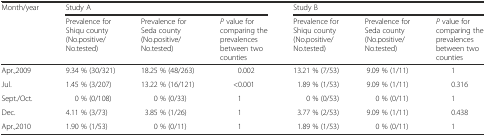
<table><thead><tr><td rowspan="2"><b>Month/year</b></td><td colspan="3"><b>Study A</b></td><td colspan="3"><b>Study B</b></td></tr><tr><td><b>Prevalence for Shiqu county (No.positive/No.tested)</b></td><td><b>Prevalence for Seda county (No.positive/No.tested)</b></td><td><b><i>P</i> value for comparing the prevalences between two counties</b></td><td><b>Prevalence for Shiqu county (No.positive/No.tested)</b></td><td><b>Prevalence for Seda county (No.positive/No.tested)</b></td><td><b><i>P</i> value for comparing the prevalences between two counties</b></td></tr></thead><tbody><tr><td>Apr.,2009</td><td>9.34 % (30/321)</td><td>18.25 % (48/263)</td><td>0.002</td><td>13.21 % (7/53)</td><td>9.09 % (1/11)</td><td>1</td></tr><tr><td>Jul.</td><td>1.45 % (3/207)</td><td>13.22 % (16/121)</td><td>&lt;0.001</td><td>1.89 % (1/53)</td><td>9.09 % (1/11)</td><td>0.316</td></tr><tr><td>Sept./Oct.</td><td>0 % (0/108)</td><td>0 % (0/33)</td><td>1</td><td>0 % (0/53)</td><td>0 % (0/11)</td><td>1</td></tr><tr><td>Dec.</td><td>4.11 % (3/73)</td><td>3.85 % (1/26)</td><td>1</td><td>3.77 % (2/53)</td><td>9.09 % (1/11)</td><td>0.438</td></tr><tr><td>Apr.,2010</td><td>1.90 % (1/53)</td><td>0 % (0/11)</td><td>1</td><td>1.89 % (1/53)</td><td>0 % (0/11)</td><td>1</td></tr></tbody></table>